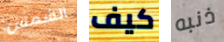
الشمس كيف ذنبه